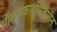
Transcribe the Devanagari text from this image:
ऑक्सकार्बामैजेपीन